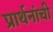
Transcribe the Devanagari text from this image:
प्रार्थनांची